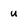
Character: u